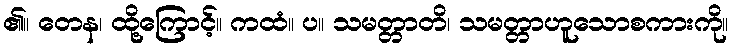
၏။ တေန၊ ထို့ကြောင့်။ ကထံ။ ပ။ သမတ္တာတိ၊ သမတ္တာဟူသောစကားကို။